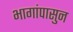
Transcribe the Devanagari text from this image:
भागांपासुन